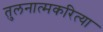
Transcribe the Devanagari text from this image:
तुलनात्मकरित्या